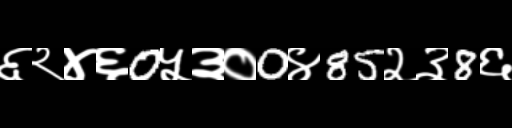
Text: ६२४६0५३०0४85२३8६